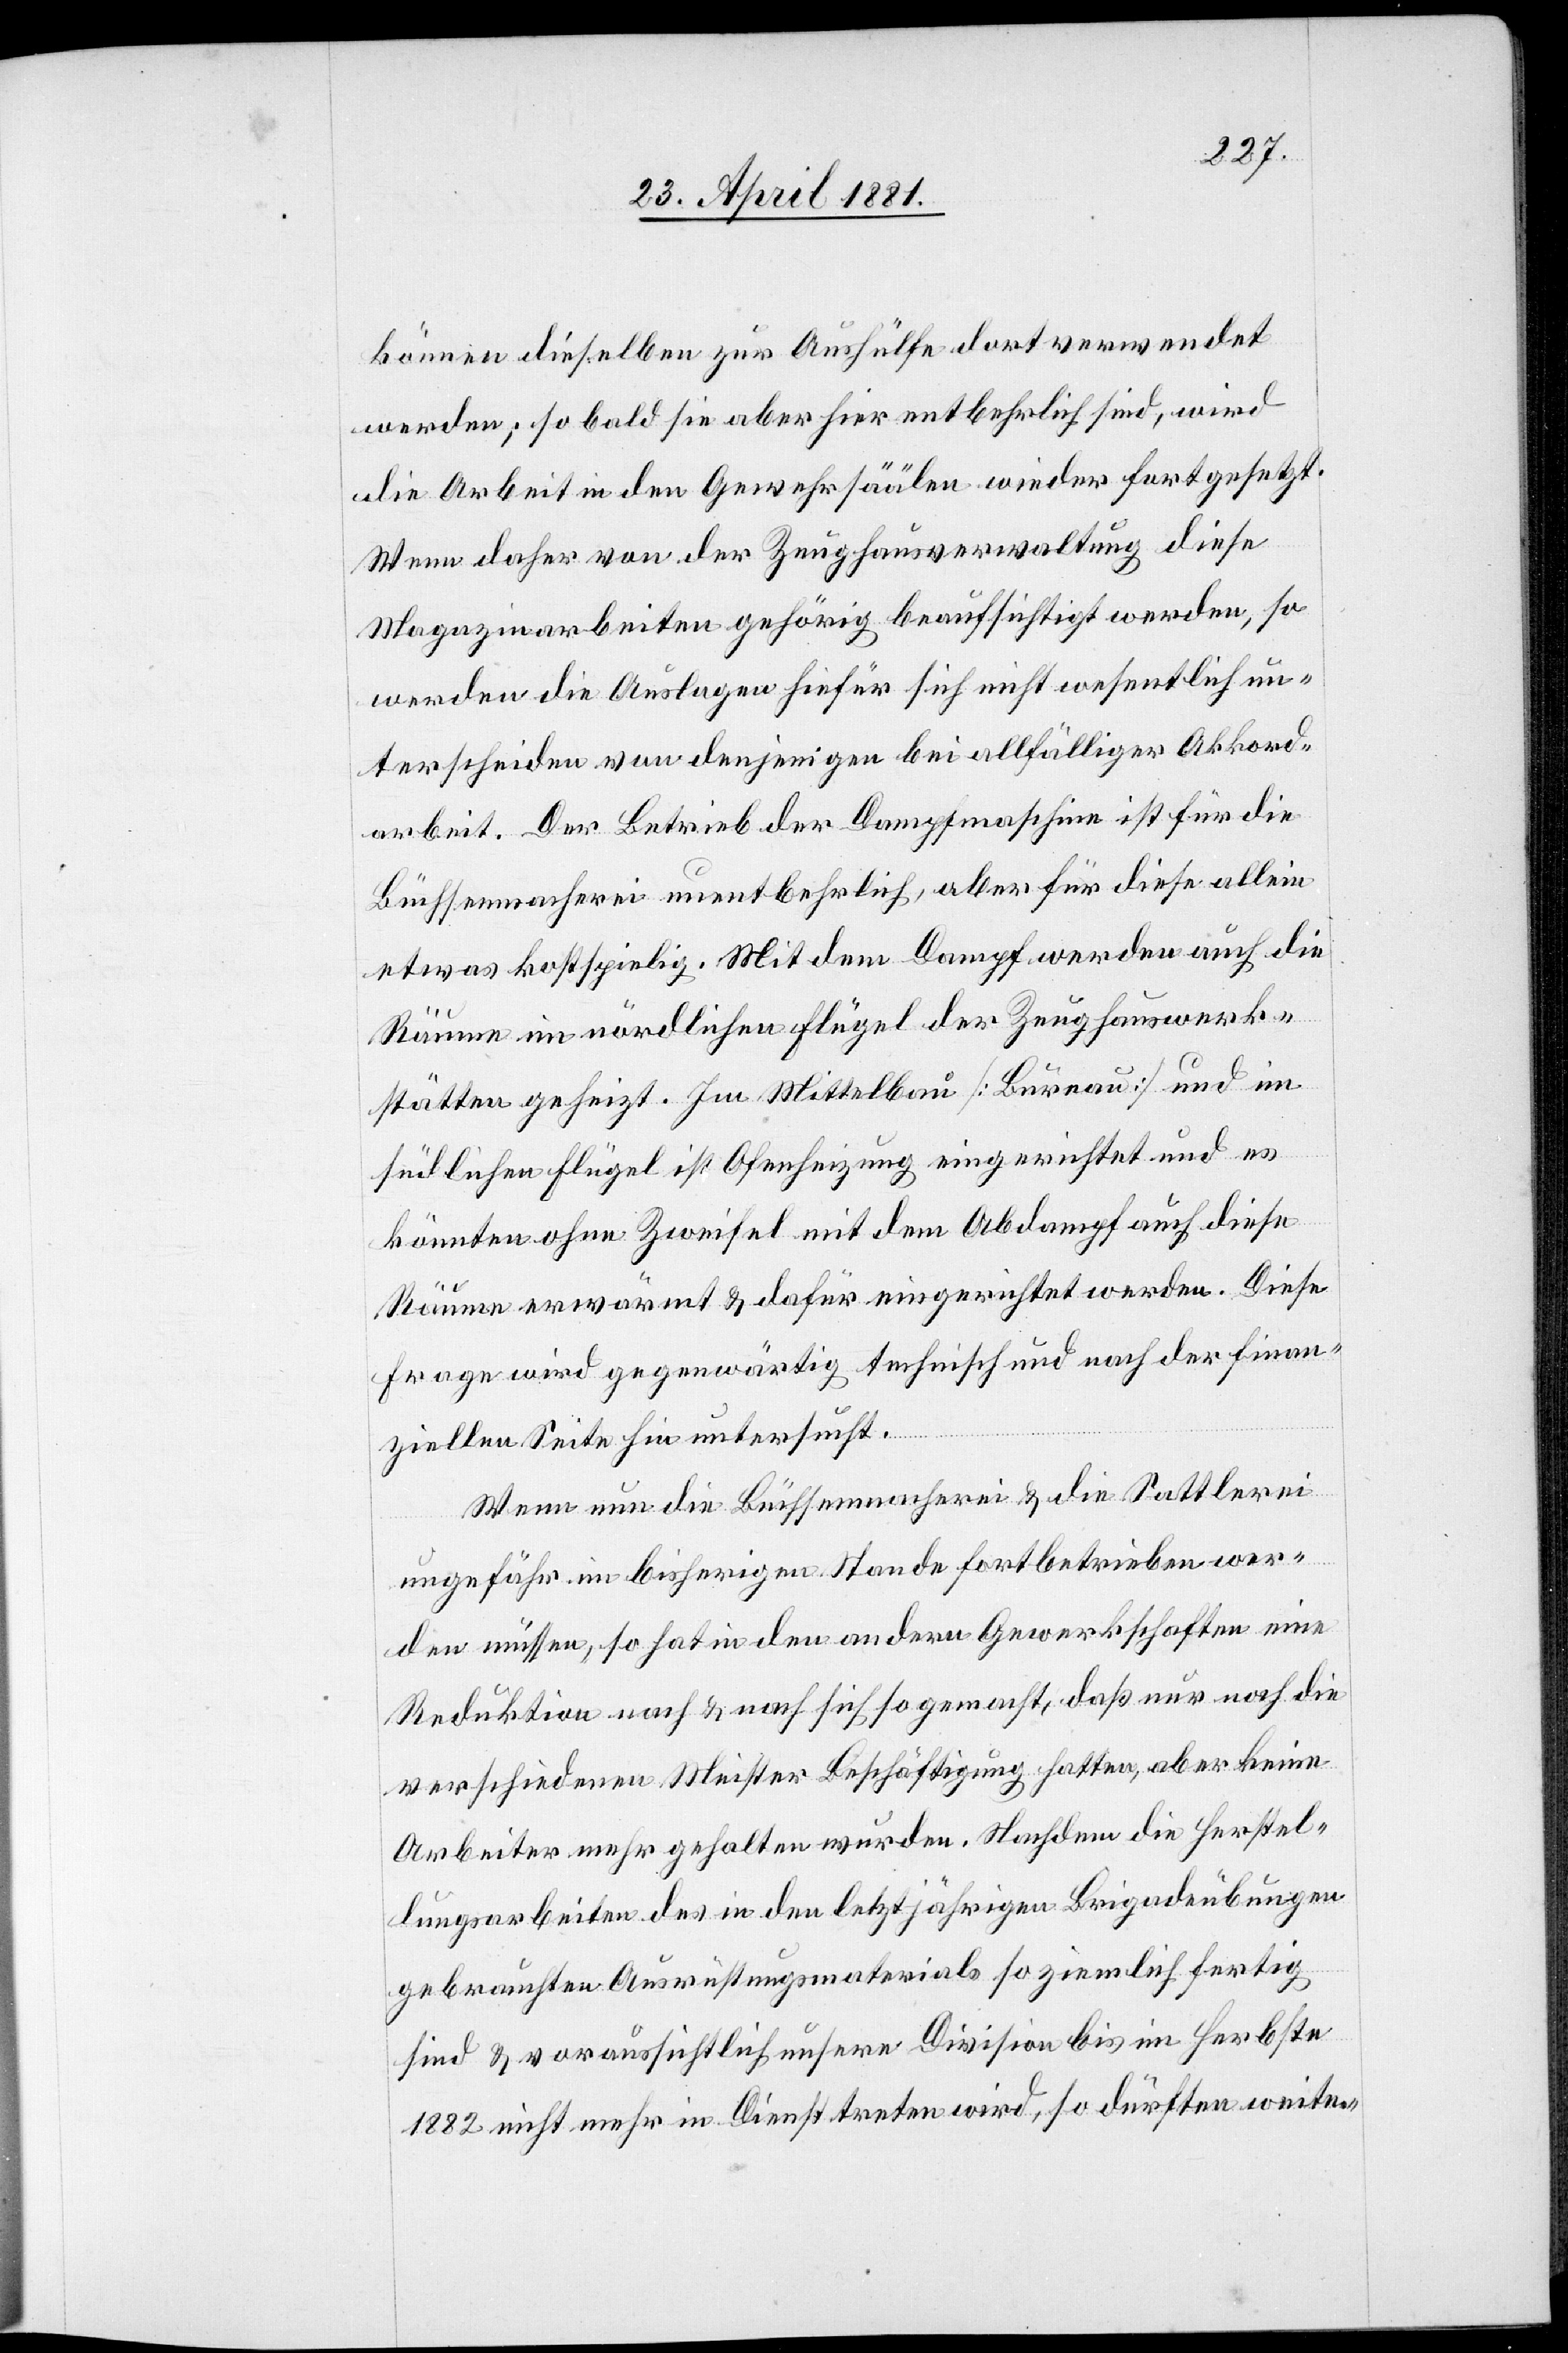
können dieselben zur Aushülfe dort verwendet
werden; so bald sie aber hier entbehrlich sind, wird
die Arbeit in den Gewehrsäälen wieder fortgesetzt.
Wenn daher von der Zeughausverwaltung diese
Magazinarbeiten gehörig beaufsichtigt werden, so
werden die Auslagen hiefür sich nicht wesentlich un¬
terscheiden von denjenigen bei allfälliger Akkord¬
arbeit. Der Betrieb der Dampfmaschine ist für die
Büchsenmacherei unentbehrlich, aber für diese allein
etwas kostspielig. Mit dem Dampf werden auch die
Räume im nördlichen Flügel der Zeughauswerk¬
stätten geheizt. Im Mittelbau [Bureau] und im
südlichen Flügel ist Ofenheizung eingerichtet und es
könnten ohne Zweifel mit dem Abdampf auch diese
Räume erwärmt & dafür eingerichtet werden. Diese
Frage wird gegenwärtig technisch und nach der finan¬
ziellen Seite hin untersucht.
Wenn nun die Büchsenmacherei & die Sattlerei
ungefähr im bisherigen Stande fortbetrieben wer¬
den müssen, so hat in den andern Gewerkschaften eine
Reduktion nach & nach sich so gemacht, daß nur noch die
verschiedenen Meister Beschäftigung hatten, aber keine
Arbeiter mehr gehalten wurden. Nachdem die Herstel¬
lungsarbeiten des in den letztjährigen Brigadeübungen
gebrauchten Ausrüstungsmaterials so ziemlich fertig
sind & voraussichtlich unsere Division bis im Herbste
1882 nicht mehr in Dienst treten wird, so dürften weite-